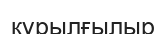
құрылғылыр